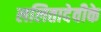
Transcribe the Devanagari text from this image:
ललितादेवीके